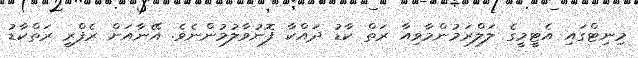
މިނިޓްގައި އެޓީމީގެ ލަލްރަމުންމާވިއާ ރަތް ކާޑު ދައްކާ ފޮނުވާލުމުންނެވެ. އޭނާއަށް ރެފްރީ ރަތްކާޑު